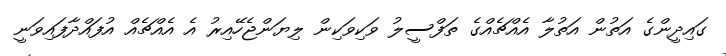
ގައިދީންގެ އަތުން އަތުލާ އެއްޗެއްގެ ތަފްސީލު ވަކިވަކިން ލިޔަންޖެހޭއިރު އެ އެއްޗެއް އުފައްދާފައިވަނީ